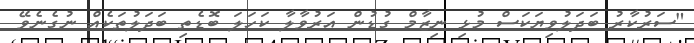
"ސަރުކާރު ބަދަލުވިޔަކަސް މުޅި ނިޒާމް ގުޑުން އަރުވާލާ ކަހަލަ ބޮޑެތި ބަދަލުތަކެއް ނުގެނެވޭ